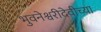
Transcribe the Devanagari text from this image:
भुवनेश्वरीदेवीच्या